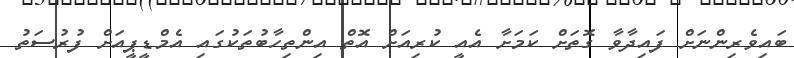
ބައިވެރިންނަށް ފައިދާވާ ގޮތަށް ކަމަށާ އެއީ ކުރިއަށް އޮތް އިންތިހާބުތަކުގައި އެމްޑީޕީއަށް ފުރުސަތު